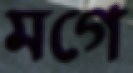
মগে